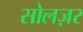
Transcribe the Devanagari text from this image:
सोलज़र